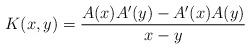
LaTeX: \begin{align*}K(x,y) = {A(x) A^\prime(y) - A^\prime(x) A(y) \over x-y}\end{align*}